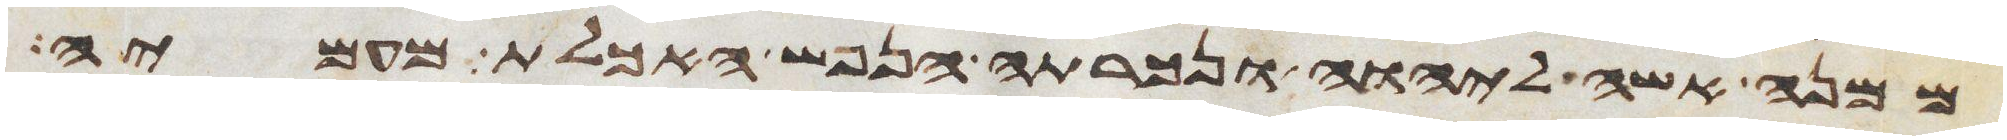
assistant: ממנה אשה ליהוה ונכרתה הנפש האכלת מעמיה